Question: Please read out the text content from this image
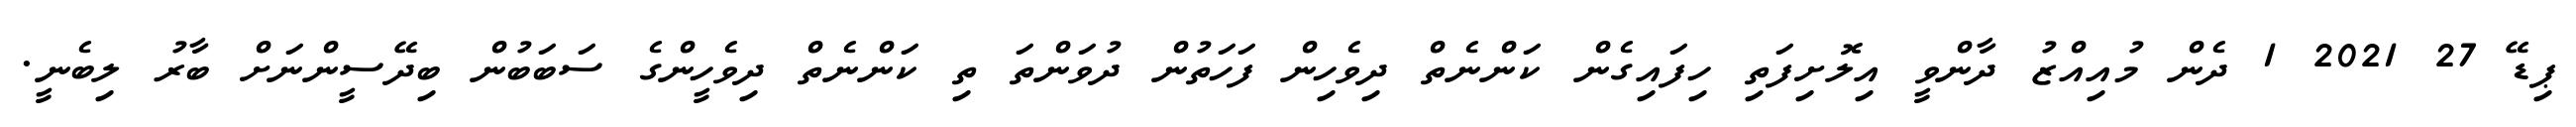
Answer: ޕިޑޭ 27 2021 1 ދެން މުއިއްޒު ދާންވީ އިލޮށިފަތި ހިފައިގެން ކަންނެތް ދިވެހިން ފަހަތުން ދުވަންތަ ތި ކަންނެތް ދިވެހީންގެ ސަބަބުން ބިދޭސީންނަށް ބާރު ލިބެނީ.